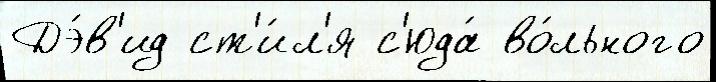
Дэ́в'ид ст'и́л'я с'юда́ во́льного